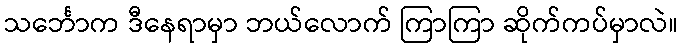
သင်္ဘောက ဒီနေရာမှာ ဘယ်လောက် ကြာကြာ ဆိုက်ကပ်မှာလဲ။